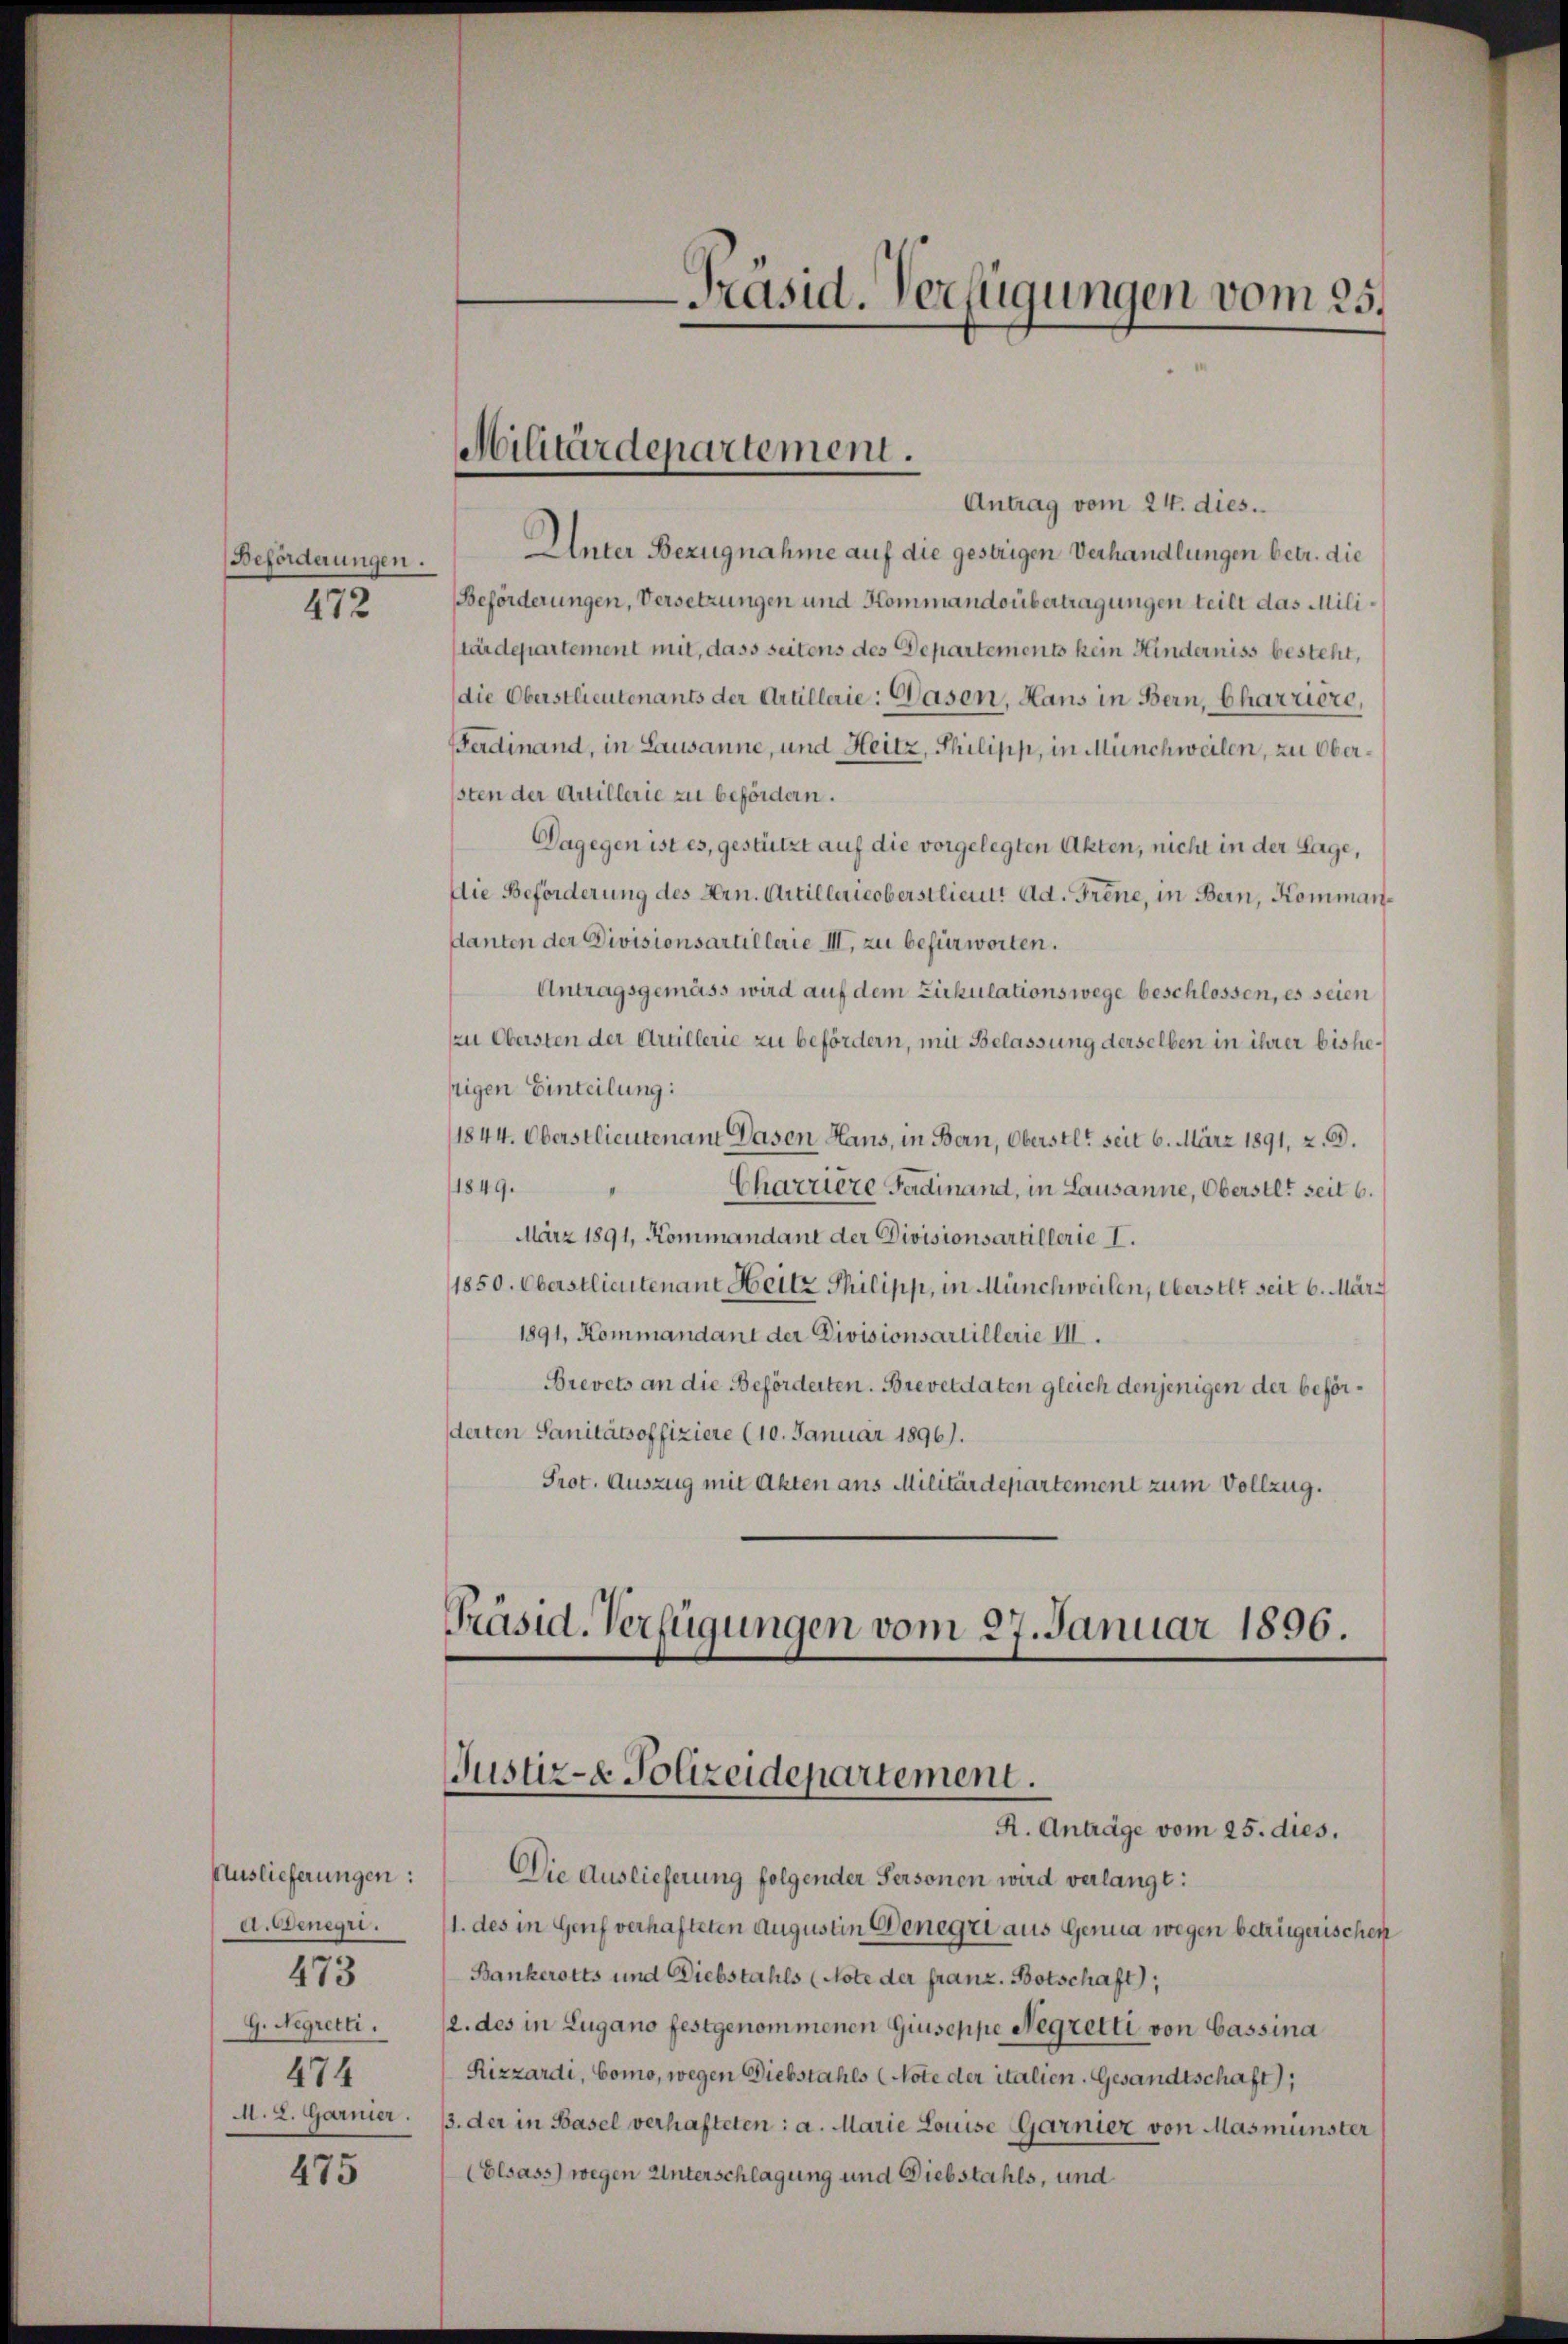
Beforderungen.
472

Auslieferungen:
Aszenegr.
G. Negretti.
474
M. 2. Garmier.

473

475

-Präsid. Verfügungen vom 25.

Antrag vom 24. dies.
Unter Bezugnahme auf die gestrigen Verhandlungen betr. die
Beförderungen, Versetzungen und Kommandsübertragungen teilt das Mili
tärdepartement mit, dass seitens des Departements kein Hinderniss besteht,
(die Oberstlieutenants der Artillerie: Wasen, Hans in Bern, Charziere,
Ferdinand, in Lausanne, und Heitz, Philipp, in Münchweilen, zu Obersten der Artillerie zu befördern.
Dagegen ist es, gestützt auf die vorgelegten Akten, nicht in der Lage,
Die Beförderung des Hrn. Artillertoberstlieut. Ad. Frene, in Bern, Kommandanten der Divisionsartillerie III, zu befürworten.
Antragsgemäss wird auf dem Zirkulationswege beschlossen, es seien
zzu Obersten der Artillerie zu befördern, mit Belassung derselben in ihrer bishezigen Einteilung:
1844. Oberstlieutenamt Dasen Haus, in Bern, Oberstl. seit 6. März 1891, z. B.
1849.
Chazziere Ferdinand, in Lausanne, Oberstet seit 6.
März 1891, Kommandant der Divisionsartillerie I.
1850. Oberstlieutenant Heitz Philipp, in Münchweilen, Oberstelt seit 6. März
1891, Kommandant der Divisionsartillerie III.
Brevets an die Beförderten. Brevetdaten gleich denjenigen der beförderten Sanitätsoffiziere (10. Januar 1896).
Prot. Auszug mit Akten aus Militärdepartement zum Vollzug.

Militärdepartement.

Präsid. Verfügungen vom 27. Januar 1896.
Justiz- & Polizeidepartement.
R. Anträge vom 25. dies,

Die Auslieferung folgender Personen wird verlangt:
1. des in Genf verhafteten Augustin Genegii aus Genua wegen betrügerischen
Bankerotts und Diebstahls (Note der franz. Botschaft),
2. des in Lugano festgenommenen Giuseppe Negretti von Cassina
Rizzardi, Como, wegen Diebstahls (Note der italien. Gesandtschaft),
13. der in Basel verhafteten: a. Marie Louise Garnier von Masmünster
(Elsass) wegen Unterschlagung und Diebstahls, und